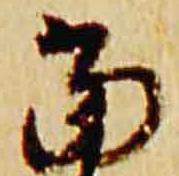
当